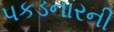
પકડનારની